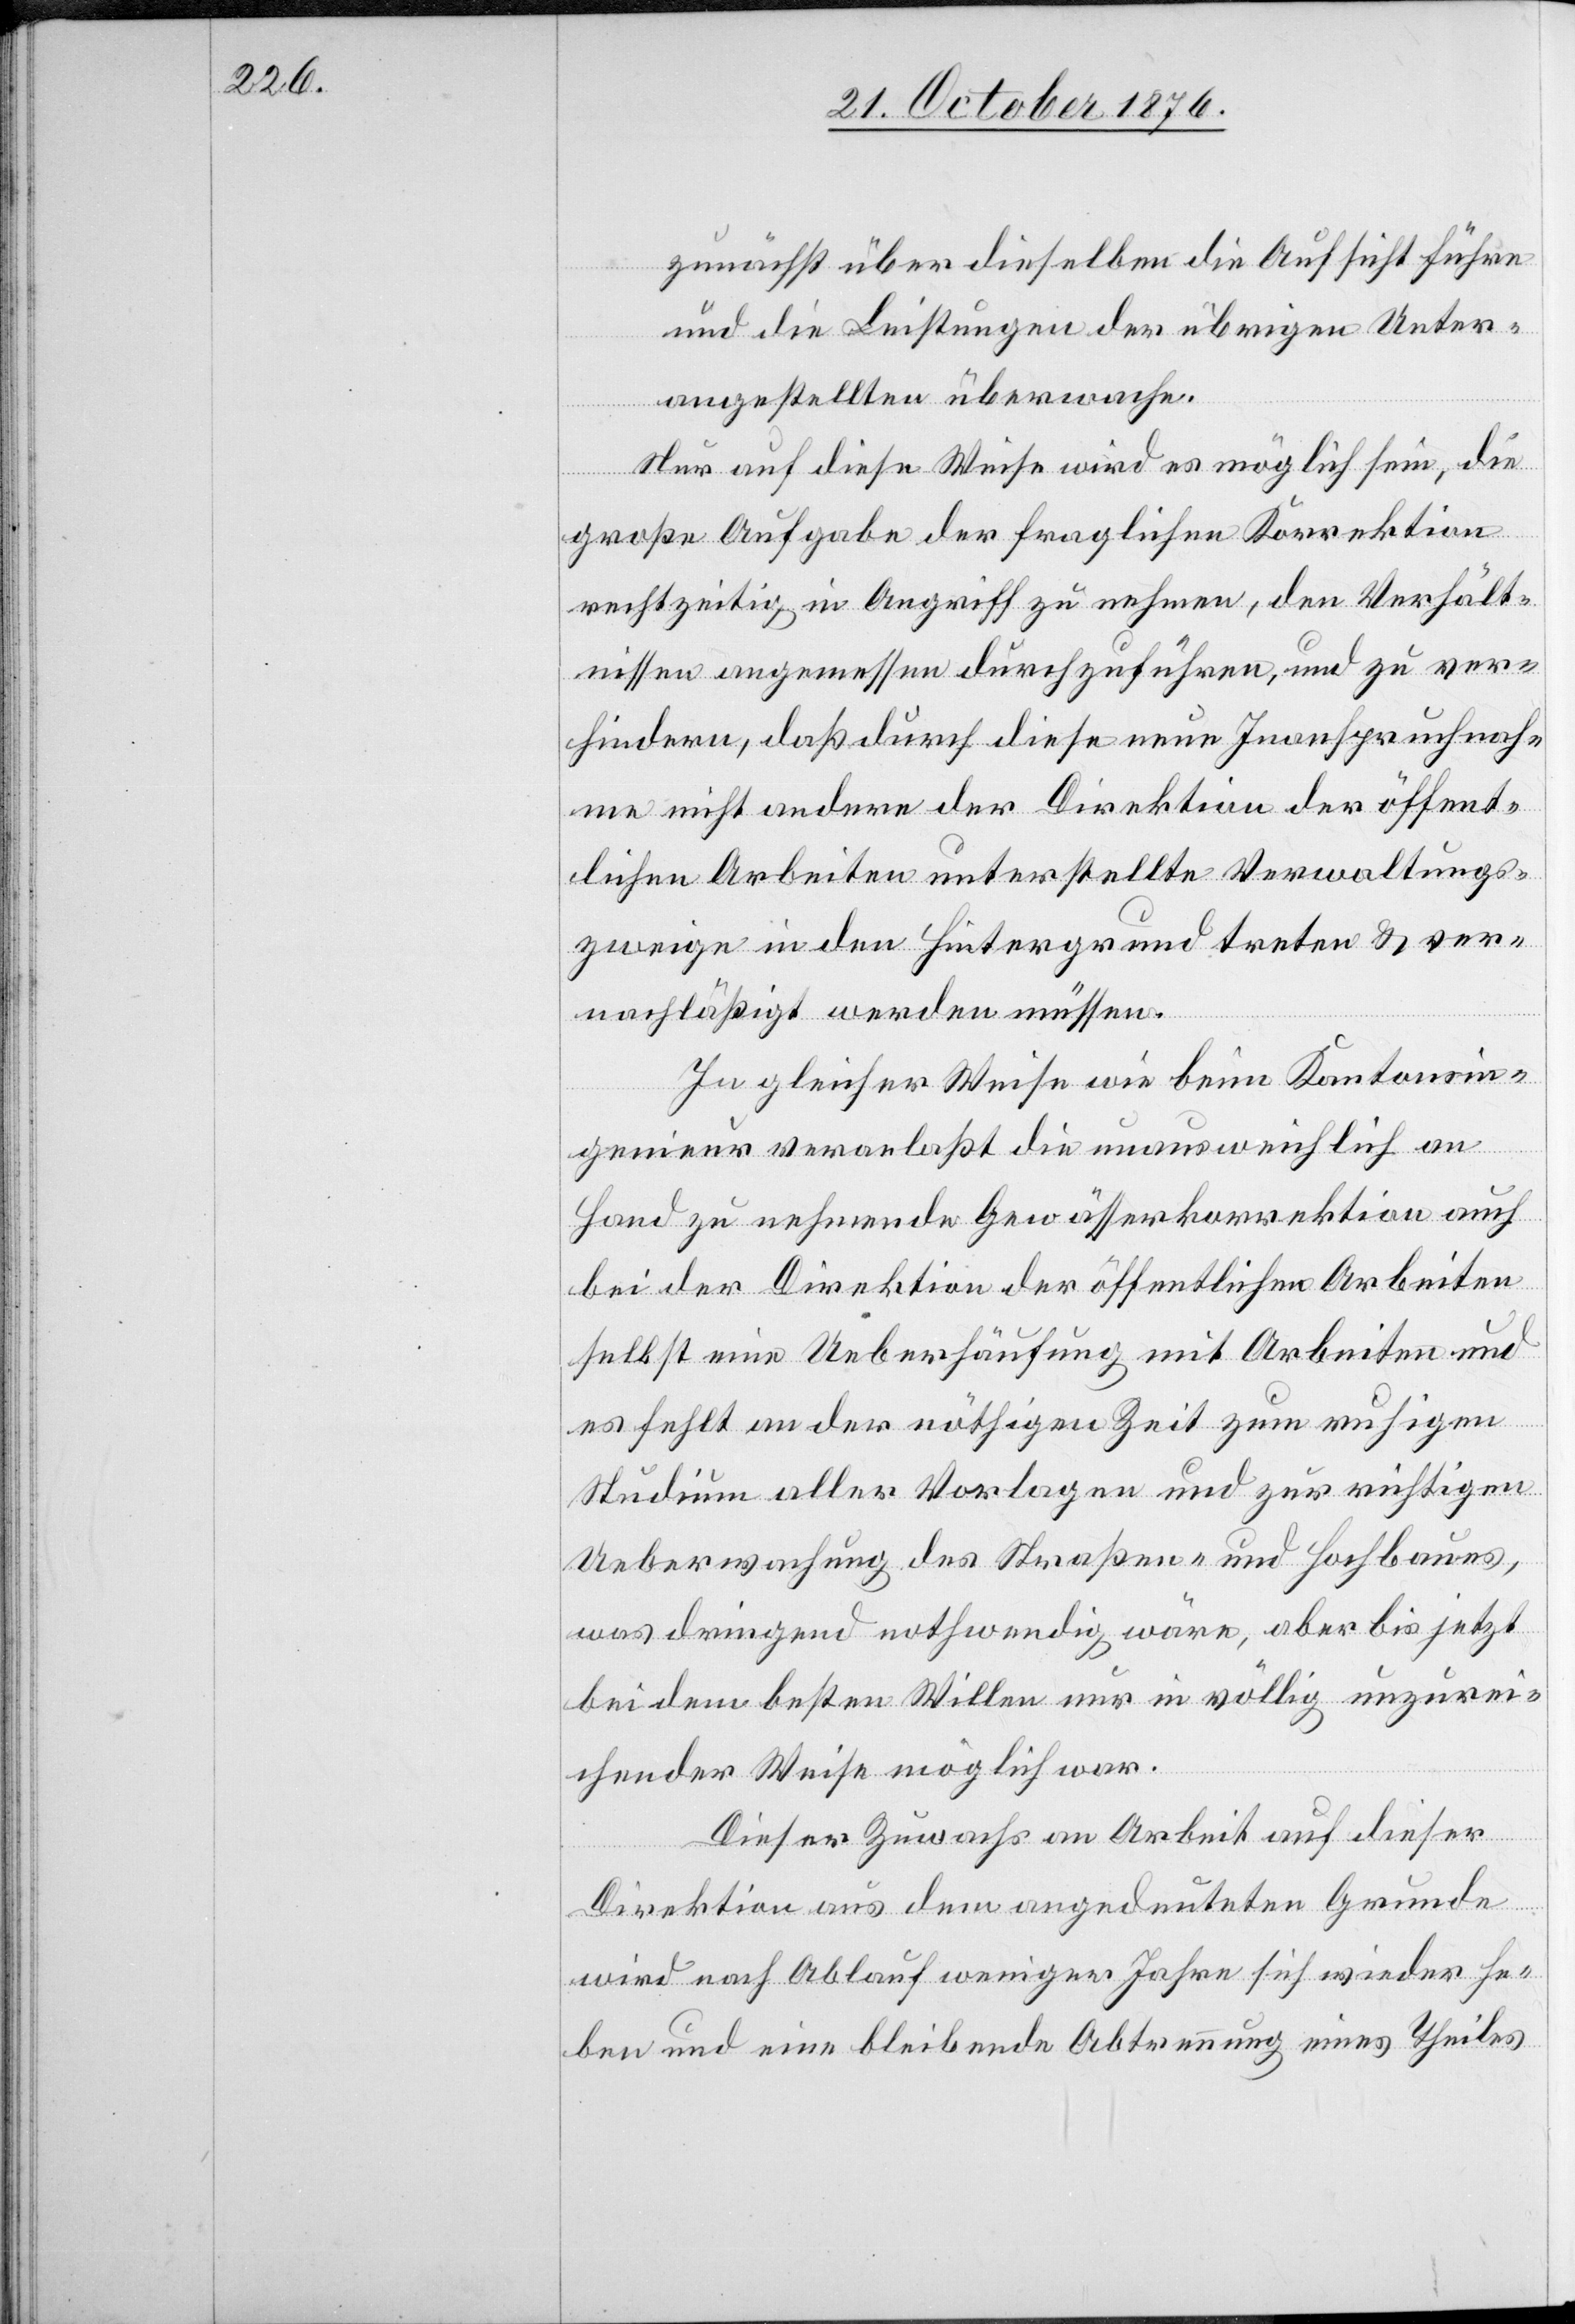
zunächst über dieselben die Aufsicht führe
und die Leistungen der übrigen Unter¬
angestellten überwache.
Nur auf diese Weise wird es möglich sein, die
große Aufgabe der fraglichen Korrektion
rechtzeitig in Angriff zu nehmen, den Verhält¬
nissen angemessen durchzuführen, und zu ver¬
hindern, daß durch diese neue Inanspruchnah¬
me nicht andere der Direktion der öffent¬
lichen Arbeiten unterstellte Verwaltungs¬
zweige in den Hintergrund treten & ver¬
nachläßigt werden müssen.
In gleicher Weise wie beim Kantonsin¬
genieur veranlaßt die unausweichlich an
Hand zu nehmende Gewässerkorrektion auch
bei der Direktion der öffentlichen Arbeiten
selbst eine Ueberführung mit Arbeiten und
es fehlt an der nöthigen Zeit zum ruhigen
Studium aller Vorlagen und zur richtigen
Ueberwachung des Straßen- und Hochbaues,
was dringend nothwendig wäre, aber bis jetzt
bei dem besten Willen nur in völlig unzurei¬
chender Weise möglich war.
Dieser Zuwachs an Arbeit auf dieser
Direktion aus dem angedeuteten Grunde
wird nach Ablauf weniger Jahre sich wieder he¬
ben und eine bleibende Abtrennung eines Theiles